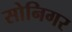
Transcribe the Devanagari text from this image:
सोनिगर